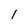
Character: 1